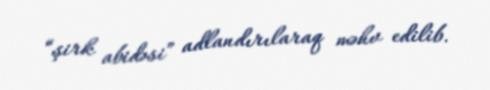
“şirk abidəsi” adlandırılaraq məhv edilib.